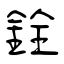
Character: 銓